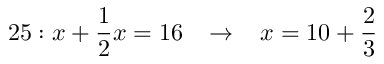
2 5 : x + { \frac { 1 } { 2 } } x = 1 6 \; \; \; \rightarrow \; \; \; x = 1 0 + { \frac { 2 } { 3 } }